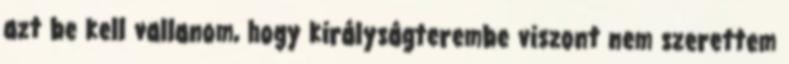
azt be kell vallanom, hogy királyságterembe viszont nem szerettem